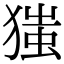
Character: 㺈